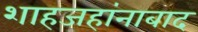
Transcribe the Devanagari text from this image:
शाहजहांनाबाद